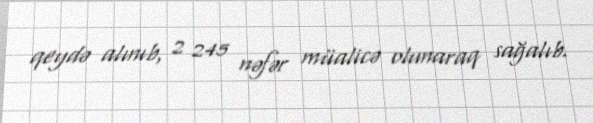
qeydə alınıb, 2 245 nəfər müalicə olunaraq sağalıb.